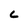
Character: c